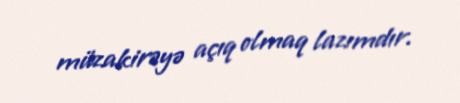
müzakirəyə açıq olmaq lazımdır.